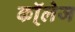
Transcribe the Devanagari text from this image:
कॉ्लेज